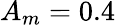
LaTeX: A_{m}=0.4